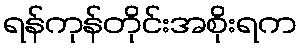
ရန်ကုန်တိုင်းအစိုးရက